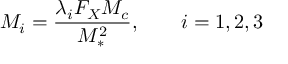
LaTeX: M _ { i } = \frac { \lambda _ { i } F _ { X } M _ { c } } { M _ { * } ^ { 2 } } , \qquad i = 1 , 2 , 3